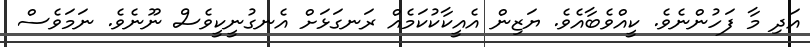
އަދި މާ ފަހުންނެވެ. ކީއްވެބާއެވެ. ޔަޒިން އެއީކާކުކަމެއް ރަނގަޅަށް އެނގުނީކީވެސް ނޫނެވެ. ނަމަވެސް